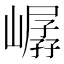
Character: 𪩖